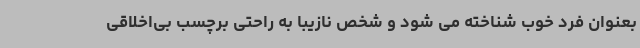
بعنوان فرد خوب شناخته می شود و شخص نازیبا به راحتی برچسب بی‌اخلاقی